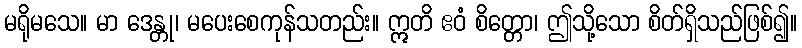
မရိုမသေ။ မာ ဒေန္တု၊ မပေးစေကုန်သတည်း။ ဣတိ ဧဝံ စိတ္တော၊ ဤသို့သော စိတ်ရှိသည်ဖြစ်၍။